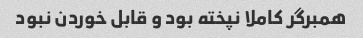
همبرگر کاملا نپخته بود و قابل خوردن نبود